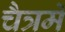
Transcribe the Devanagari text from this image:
चैत्रमें